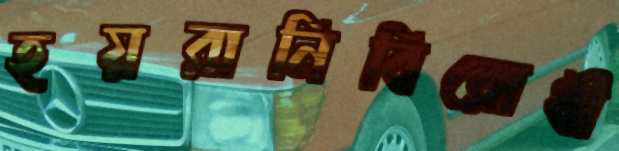
হয়রানিবিরোধী